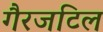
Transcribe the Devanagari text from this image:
गैरजटिल